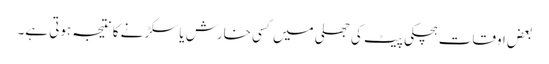
بعض اوقات ہچکی پیٹ کی جھلی میں کسی خارش یا سکڑنے کا نتیجہ ہوتی ہے۔